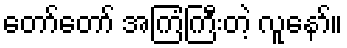
တော်တော် အကြံကြီးတဲ့ လူနော်။